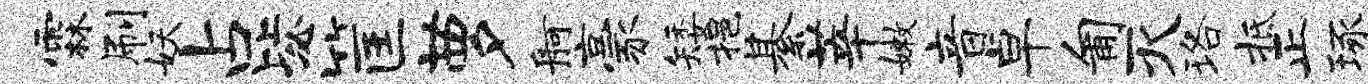
霖刷妖占毖筐萝舸豪矮挹綦莘嫩音卓匍灭珞抵正琢